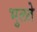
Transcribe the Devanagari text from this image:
भुलते